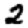
Digit: 2